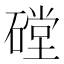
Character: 𰧙